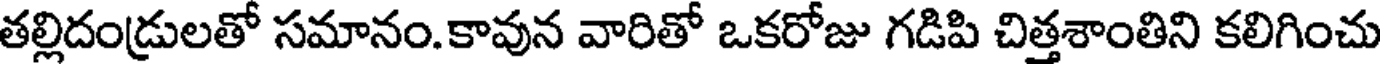
తల్లిదండ్రులతో సమానం.కావున వారితో ఒకరోజు గడిపి చిత్తశాంతిని కలిగించు